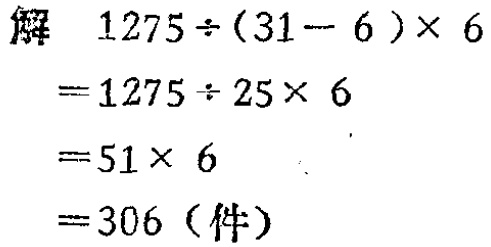
解
\[
\begin{align*}
&1275\div(31 - 6)\times6\\
=&1275\div25\times6\\
=&51\times6\\
=&306 (\text{件})
\end{align*}
\]